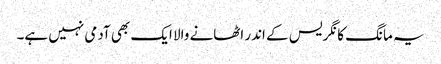
یہ مانگ کانگریس کے اندر اٹھانے والا ایک بھی آدمی نہیں ہے۔